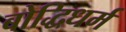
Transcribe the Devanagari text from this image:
बोद्धिधर्म